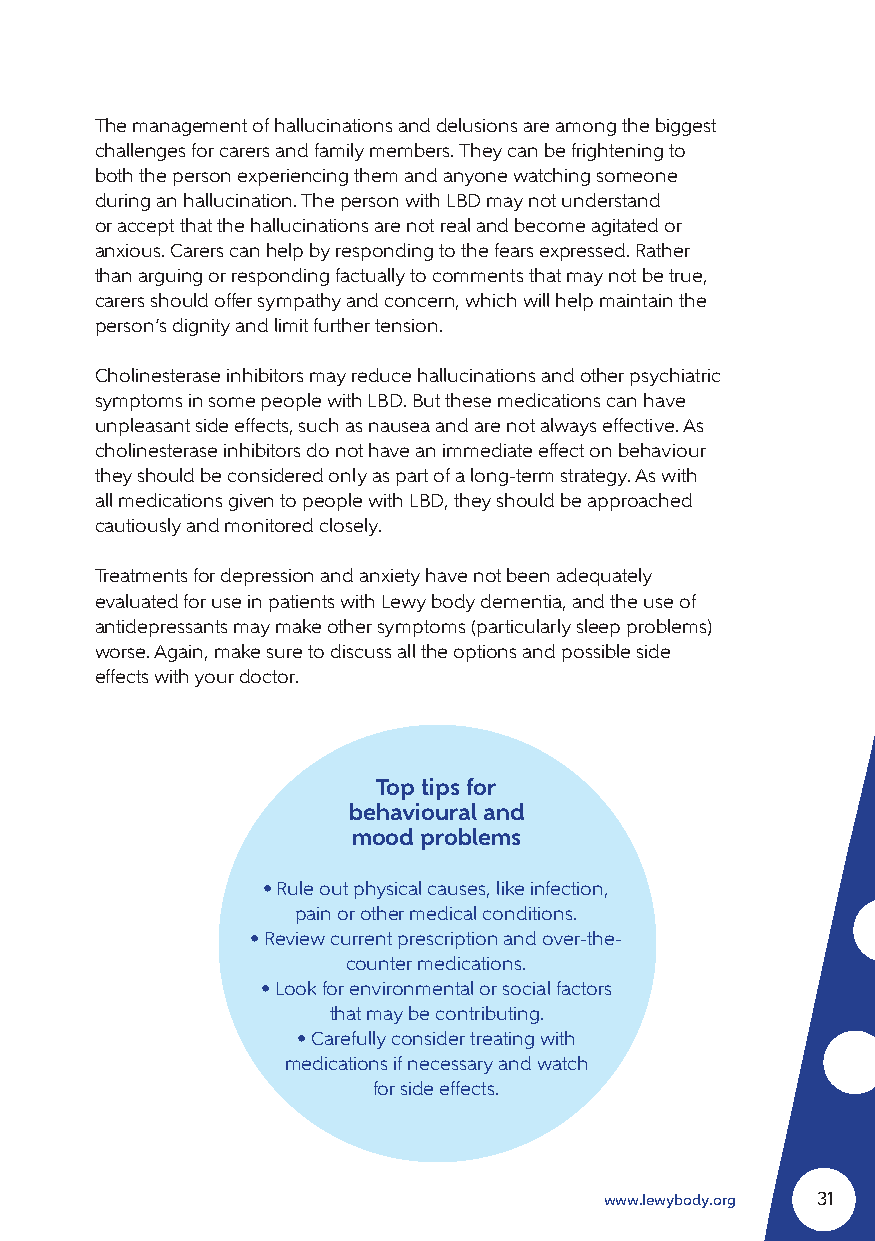
The management of hallucinations and delusions are among the biggest
 challenges for carers and family members. They can be frightening to
 both the person experiencing them and anyone watching someone
 during an hallucination. The person with LBD may not understand
 or accept that the hallucinations are not real and become agitated or
 anxious. Carers can help by responding to the fears expressed. Rather
 than arguing or responding factually to comments that may not be true,
 carers should offer sympathy and concern, which will help maintain the
 person’s dignity and limit further tension.
 Cholinesterase inhibitors may reduce hallucinations and other psychiatric
 symptoms in some people with LBD. But these medications can have
 unpleasant side effects, such as nausea and are not always effective. As
 cholinesterase inhibitors do not have an immediate effect on behaviour
 they should be considered only as part of a long-term strategy. As with
 all medications given to people with LBD, they should be approached
 cautiously and monitored closely.
 Treatments for depression and anxiety have not been adequately
 evaluated for use in patients with Lewy body dementia, and the use of
 antidepressants may make other symptoms (particularly sleep problems)
 worse. Again, make sure to discuss all the options and possible side
 effects with your doctor.
 Top tips for
 behavioural and
 mood problems
 • Rule out physical causes, like infection,
 pain or other medical conditions.
 • Review current prescription and over-the-
 counter medications.
 • Look for environmental or social factors
 that may be contributing.
 • Carefully consider treating with
 medications if necessary and watch
 for side effects.
 www.lewybody.org 31